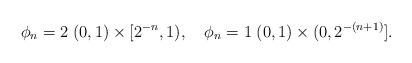
LaTeX: \begin{align*}\phi_n=2\;(0,1)\times[2^{-n},1),\quad\phi_n=1\;(0,1)\times(0,2^{-(n+1)}].\end{align*}